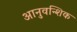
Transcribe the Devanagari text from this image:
आनुवन्शिक